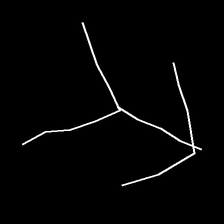
Glyph: gather